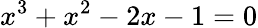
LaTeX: x^{3}+x^{2}-2x-1=0